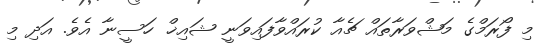
މި ފޯރަމްގެ މަޝްވަރާތައް ޗެއާ ކުރައްވާފައިވަނީ ޝައިޚް ހަސީނާ އެވެ. އަދި މި